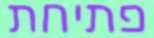
פתיחת